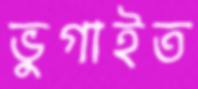
ভুগাইত